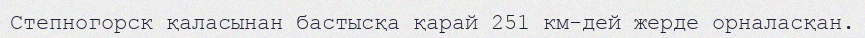
Степногорск қаласынан бастысқа қарай 251 км-дей жерде орналасқан.